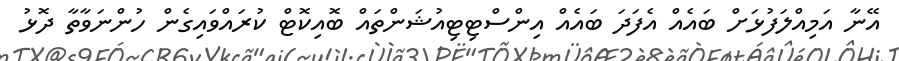
އޭނާ އަމިއްލަފުޅަށް ބައެއް އެފަދަ ބައެއް އިންސްޓިޓިއުޝަންތައް ބޮއިކޮޓް ކުރައްވައިގެން ހުންނަވާތާ ދޮޅު